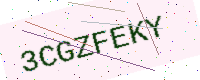
Text: 3CGZFEKY